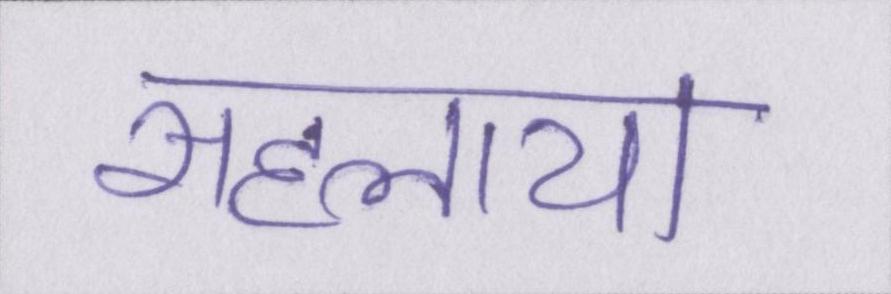
सहलाया